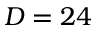
D = 2 4